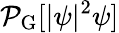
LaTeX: \mathcal{P}_{\mathrm{G}}[\lvert\psi\rvert^{2}\psi]